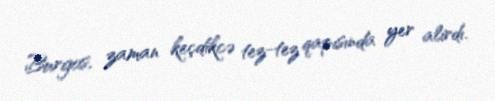
Burgos, zaman keçdikcə tez-tez qapısında yer alırdı.